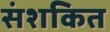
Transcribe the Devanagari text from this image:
संशकित